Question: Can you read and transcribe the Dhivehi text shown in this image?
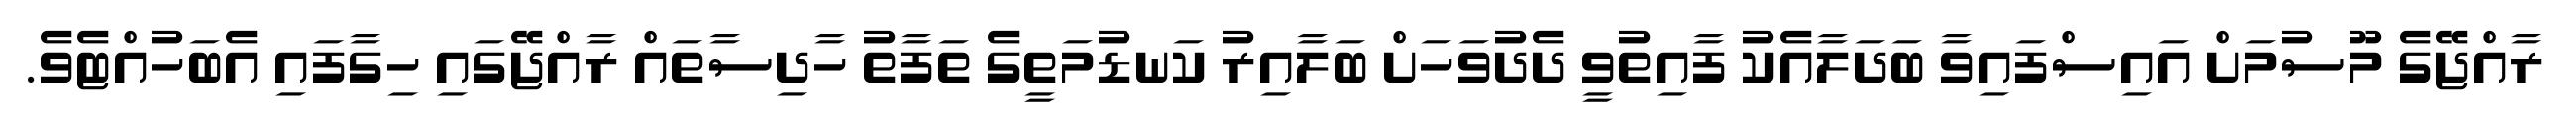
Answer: ރާއްޖޭގެ މޫސުމަށް އައިސްފައިވާ ބަދަލާއެކު ފާއިތުވީ ދެދުވަހަށް ބަލާއިރު ކަނޑުމަތީގެ ތަފާތު ހާދިސާތައް ރާއްޖޭގައި ހިގާފައި އެބަހުއްޓެވެ.